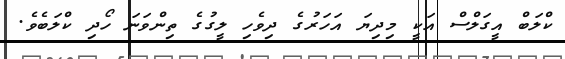
ކްލަބް އީގަލްސް އަކީ މިދިޔަ އަހަރުގެ ދިވެހި ލީގުގެ ތިންވަނަ ހޯދި ކްލަބެވެ.